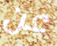
عن